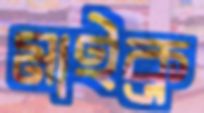
মাইক্র